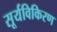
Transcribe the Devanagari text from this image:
सूर्यविकिरण